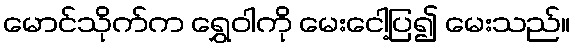
မောင်သိုက်က ရွှေဝါကို မေးငေါ့ပြ၍ မေးသည်။